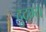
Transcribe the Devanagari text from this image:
दुदम्य